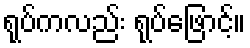
ရုပ်ကလည်း ရုပ်ဖြောင့်။